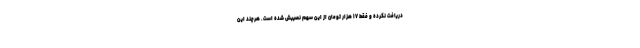
دریافت نکرده و فقط ۱۷ هزار تومان از این سهم نصیبش شده است. هرچند این